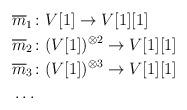
LaTeX: \begin{align*}\begin{aligned}\ &\overline{m}_1\colon V[1]\to V[1][1]\\&\overline{m}_2\colon (V[1])^{\otimes 2}\to V[1][1]\\&\overline{m}_3\colon (V[1])^{\otimes 3}\to V[1][1]\\&\dots\end{aligned}\end{align*}